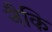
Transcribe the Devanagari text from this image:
नैकि